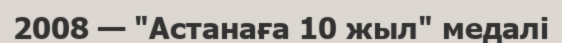
2008 — "Астанаға 10 жыл" медалі